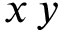
x \, y